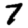
Digit: 7